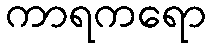
ကာရကရော